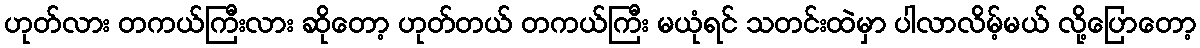
ဟုတ်လား တကယ်ကြီးလား ဆိုတော့ ဟုတ်တယ် တကယ်ကြီး မယုံရင် သတင်းထဲမှာ ပါလာလိမ့်မယ် လို့ပြောတော့